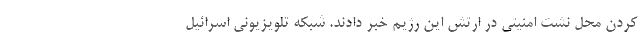
کردن محل نشت امنیتی در ارتش این رژیم خبر دادند. شبکه تلویزیونی اسرائیل